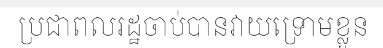
ប្រជាពលរដ្ឋចាប់បានវាយទ្រោមខ្លួន